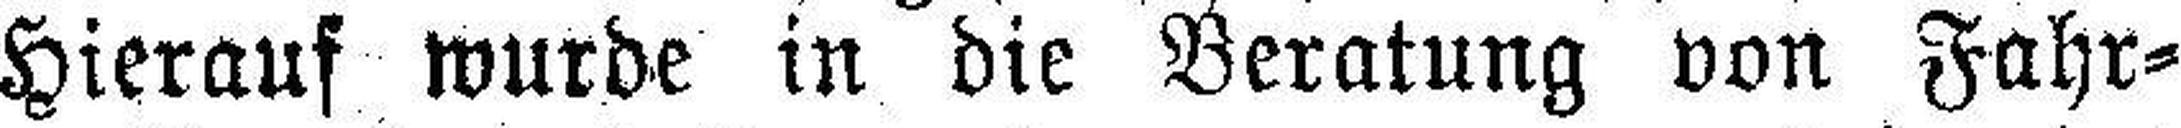
Hierauf wurde in die Beratung von Fahr¬